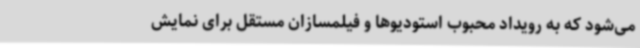
می‌شود که به رویداد محبوب استودیوها و فیلمسازان مستقل برای نمایش